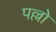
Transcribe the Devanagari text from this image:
पल्लो